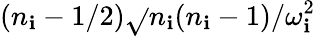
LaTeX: {(n_{\mathbf{i}}-1/2)}\sqrt{}{{n_{\mathbf{i}}(n_{\mathbf{i}}-1)}}/{\omega_{\mathbf{i}}^{2}}